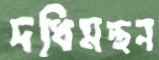
দধিমন্থন